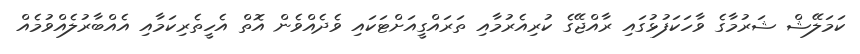
ކަމަލޭޝް ޝަރުމާގެ ވާހަކަފުޅުގައި ރާއްޖޭގެ ކުރިއެރުމާއި ތަރައްގީއަށްޓަކައި ވެދެއްވެން އޮތް އެހީތެރިކަމާއި އެއްބާރުލެއްވުމެއް